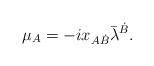
LaTeX: \begin{align*}\mu_{A}= -ix_{A\dot B}\bar\lambda^{\dot B}.\end{align*}